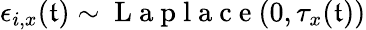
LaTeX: \epsilon_{i,x}(\mathfrak{t})\sim\mathrm{{~L~a~p~l~a~c~e~}}(0,\tau_{x}(\mathfrak{t}))